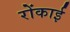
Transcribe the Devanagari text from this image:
रोंकाई